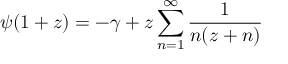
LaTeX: \psi ( 1 + z ) = - \gamma + z \sum _ { n = 1 } ^ { \infty } \frac { 1 } { n ( z + n ) }